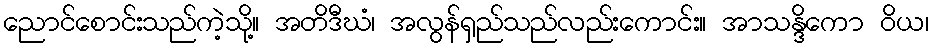
ညောင်စောင်းသည်ကဲ့သို့။ အတိဒီဃံ၊ အလွန်ရှည်သည်လည်းကောင်း။ အာသန္ဒိကော ဝိယ၊